Calcutta medical institutions reports 1879-81 [i.e.91]
Year: 1879
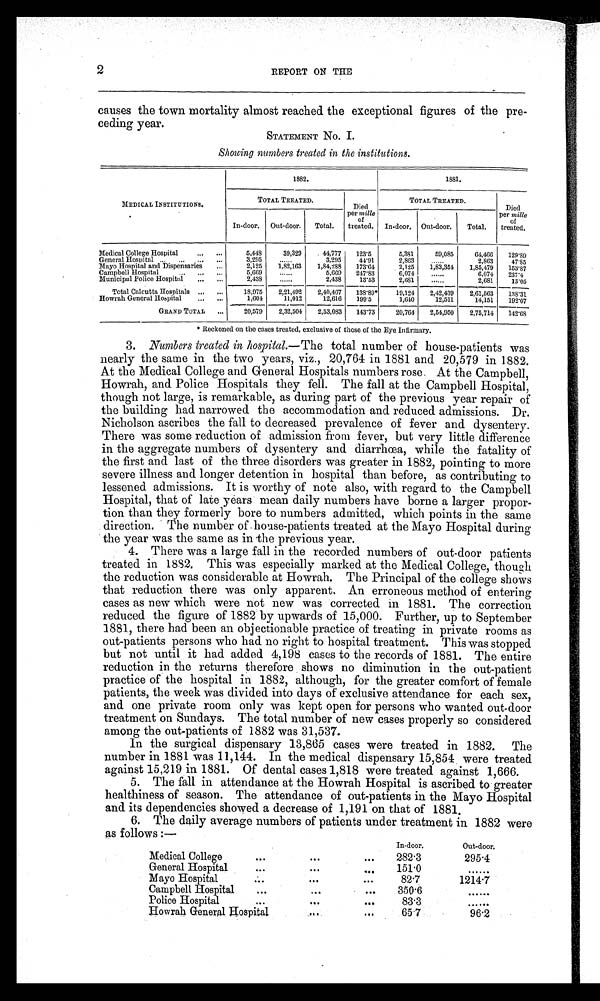
2
REPORT ON THE
causes the town mortality almost reached the exceptional figures of the pre-
ceding year.
STATEMENT No. I.
Showing numbers treated in the institutions.
MEDICAL INSTITUTIONS.
1882.
1881.
TOTAL TREATED.
Died
per
m i l l e
of
treated.
TOTAL TREATED.
Died
per mille
of
treated.
In-door.
Out-door.
Total.
In-door.
O u t - d o o r
Total.
Medical College Hospital
5,448
39,329
44,777
123.5
5,381
59,085
64,466
129.89
General Hospital
3,295
. . . . . .
3,295
44.91
2,863
. . . . . .
2,863
47.85
Mayo Hospital and Dispensaries
2,125
1,82,163
1,84,288
173.64
2,125
1,83,354
1,85,479
153.87
Campbell Hospital
5,669
. . . . . .
5,669
247.83
6,074
. . . . . .
6,074
237.4
Municipal Police Hospital
2,438
......
2,438
13.53
2,681
. . . . . .
2,681
13.05
Total Calcutta Hospitals
18,975
2,21,492
2,40,467
138.89*
19,124
2,42,439
2,61,563
138.31
Howrah General Hospital
1,604
11,012
12,616
199.5
1,640
12,511
14,151
192.07
GRAND TOTAL
20,579
2,32,504
2,53,083
143.73
20,764
2,54,950
2,75,714
142.68
* Reckoned on the cases treated, exclusive of those of the Eye Infirmary.
3. Numbers treated in hospital .—The total number of house-patients was
nearly the same in the two years, viz., 20,764 in 1881 and 20,579 in 1882.
At the Medical College and General Hospitals numbers rose. At the Campbell,
Howrah, and Police Hospitals they fell. The fall at the Campbell Hospital,
though not large, is remarkable, as during part of the previous year repair of
the building had narrowed the accommodation and reduced admissions. Dr.
Nicholson ascribes the fall to decreased prevalence of fever and dysentery.
There was some reduction of admission from fever, but very little difference
in the aggregate numbers of dysentery and diarrhœa, while the fatality of
the first and last of the three disorders was greater in 1882, pointing to more
severe illness and longer detention in hospital than before, as contributing to
lessened admissions. It is worthy of note also, with regard to the Campbell
Hospital, that of late years mean daily numbers have borne a larger propor-
tion than they formerly bore to numbers admitted, which points in the same
direction. The number of house-patients treated at the Mayo Hospital during
the year was the same as in the previous year.
4. There was a large fall in the recorded numbers of out-door patients
treated in 1882. This was especially marked at the Medical College, though
the reduction was considerable at Howrah. The Principal of the college shows
that reduction there was only apparent. An erroneous method of entering
cases as new which were not new was corrected in 1881. The correction
reduced the figure of 1882 by upwards of 15,000. Further, up to September
1881, there had been an objectionable practice of treating in private rooms as
out-patients persons who had no right to hospital treatment. This was stopped
but not until it had added 4,198 cases to the records of 1881. The entire
reduction in the returns therefore shows no diminution in the out-patient
practice of the hospital in 1882, although, for the greater comfort of female
patients, the week was divided into days of exclusive attendance for each sex,
and one private room only was kept open for persons who wanted out-door
treatment on Sundays. The total number of new cases properly so considered
among the out-patients of 1882 was 31,537.
In the surgical dispensary 13,865 cases were treated in 1882. The
number in 1881 was 11,144. In the medical dispensary 15,854 were treated
against 15,219 in 1881. Of dental cases 1,818 were treated against 1,666.
5. The fall in attendance at the Howrah Hospital is ascribed to greater
healthiness of season. The attendance of out-patients in the Mayo Hospital
and its dependencies showed a decrease of 1,191 on that of 1881.
6. The daily average numbers of patients under treatment in 1882 were
as follows:—
In-door.
Out-door.
Medical College
282.3
295.4
General Hospital
151.0
......
Mayo Hospital
82.7
1214.7
Campbell Hospital
350.6
......
Police Hospital
83.3
......
Howrah General Hospital
65.7
96.2